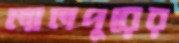
লালপুরের